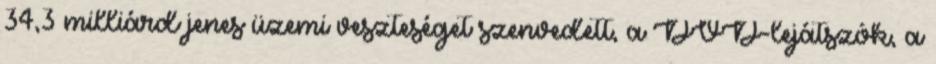
34,3 milliárd jenes üzemi veszteséget szenvedett, a DVD-lejátszók, a